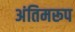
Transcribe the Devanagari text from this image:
अंतिमरूप